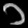
Digit: ၁